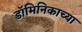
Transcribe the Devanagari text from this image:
डॉमिनिकाच्या